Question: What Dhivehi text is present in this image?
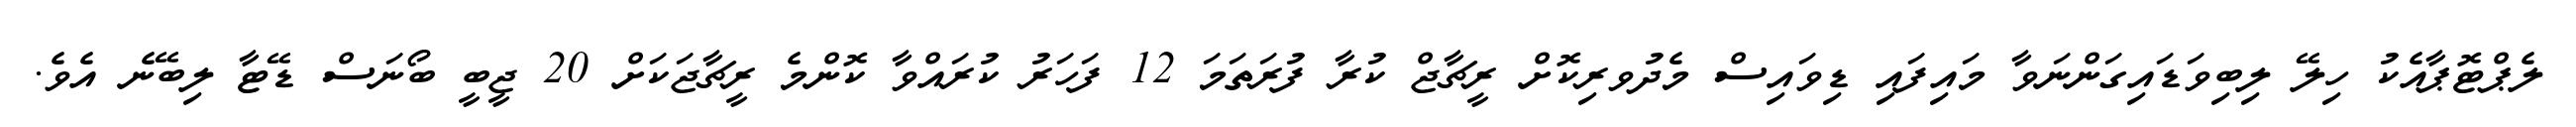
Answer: ލެޕްޓޮޕާއެކު ހިލޭ ލިބިވަޑައިގަންނަވާ މައިފައި ޑިވައިސް މެދުވރިކޮށް ރީޗާޖް ކުރާ ފުރަތަމަ 12 ފަހަރު ކުރައްވާ ކޮންމެ ރީޗާޖަކަށް 20 ޖީބީ ބޯނަސް ޑޭޓާ ލިބޭނެ އެވެ.